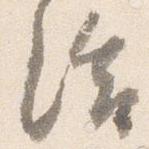
給